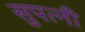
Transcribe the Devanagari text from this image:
सुपत्‍नी